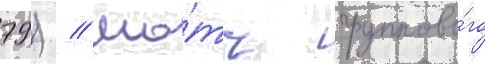
79) // Ма́тч группово́го